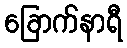
ခြောက်နာရီ